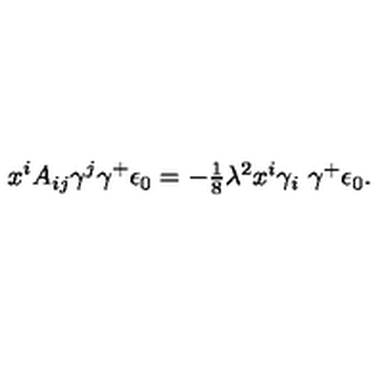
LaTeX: x ^ { i } A _ { i j } \gamma ^ { j } \gamma ^ { + } \epsilon _ { 0 } = - \textstyle { \frac { 1 } { 8 } } \lambda ^ { 2 } x ^ { i } \gamma _ { i } \ \gamma ^ { + } \epsilon _ { 0 } .